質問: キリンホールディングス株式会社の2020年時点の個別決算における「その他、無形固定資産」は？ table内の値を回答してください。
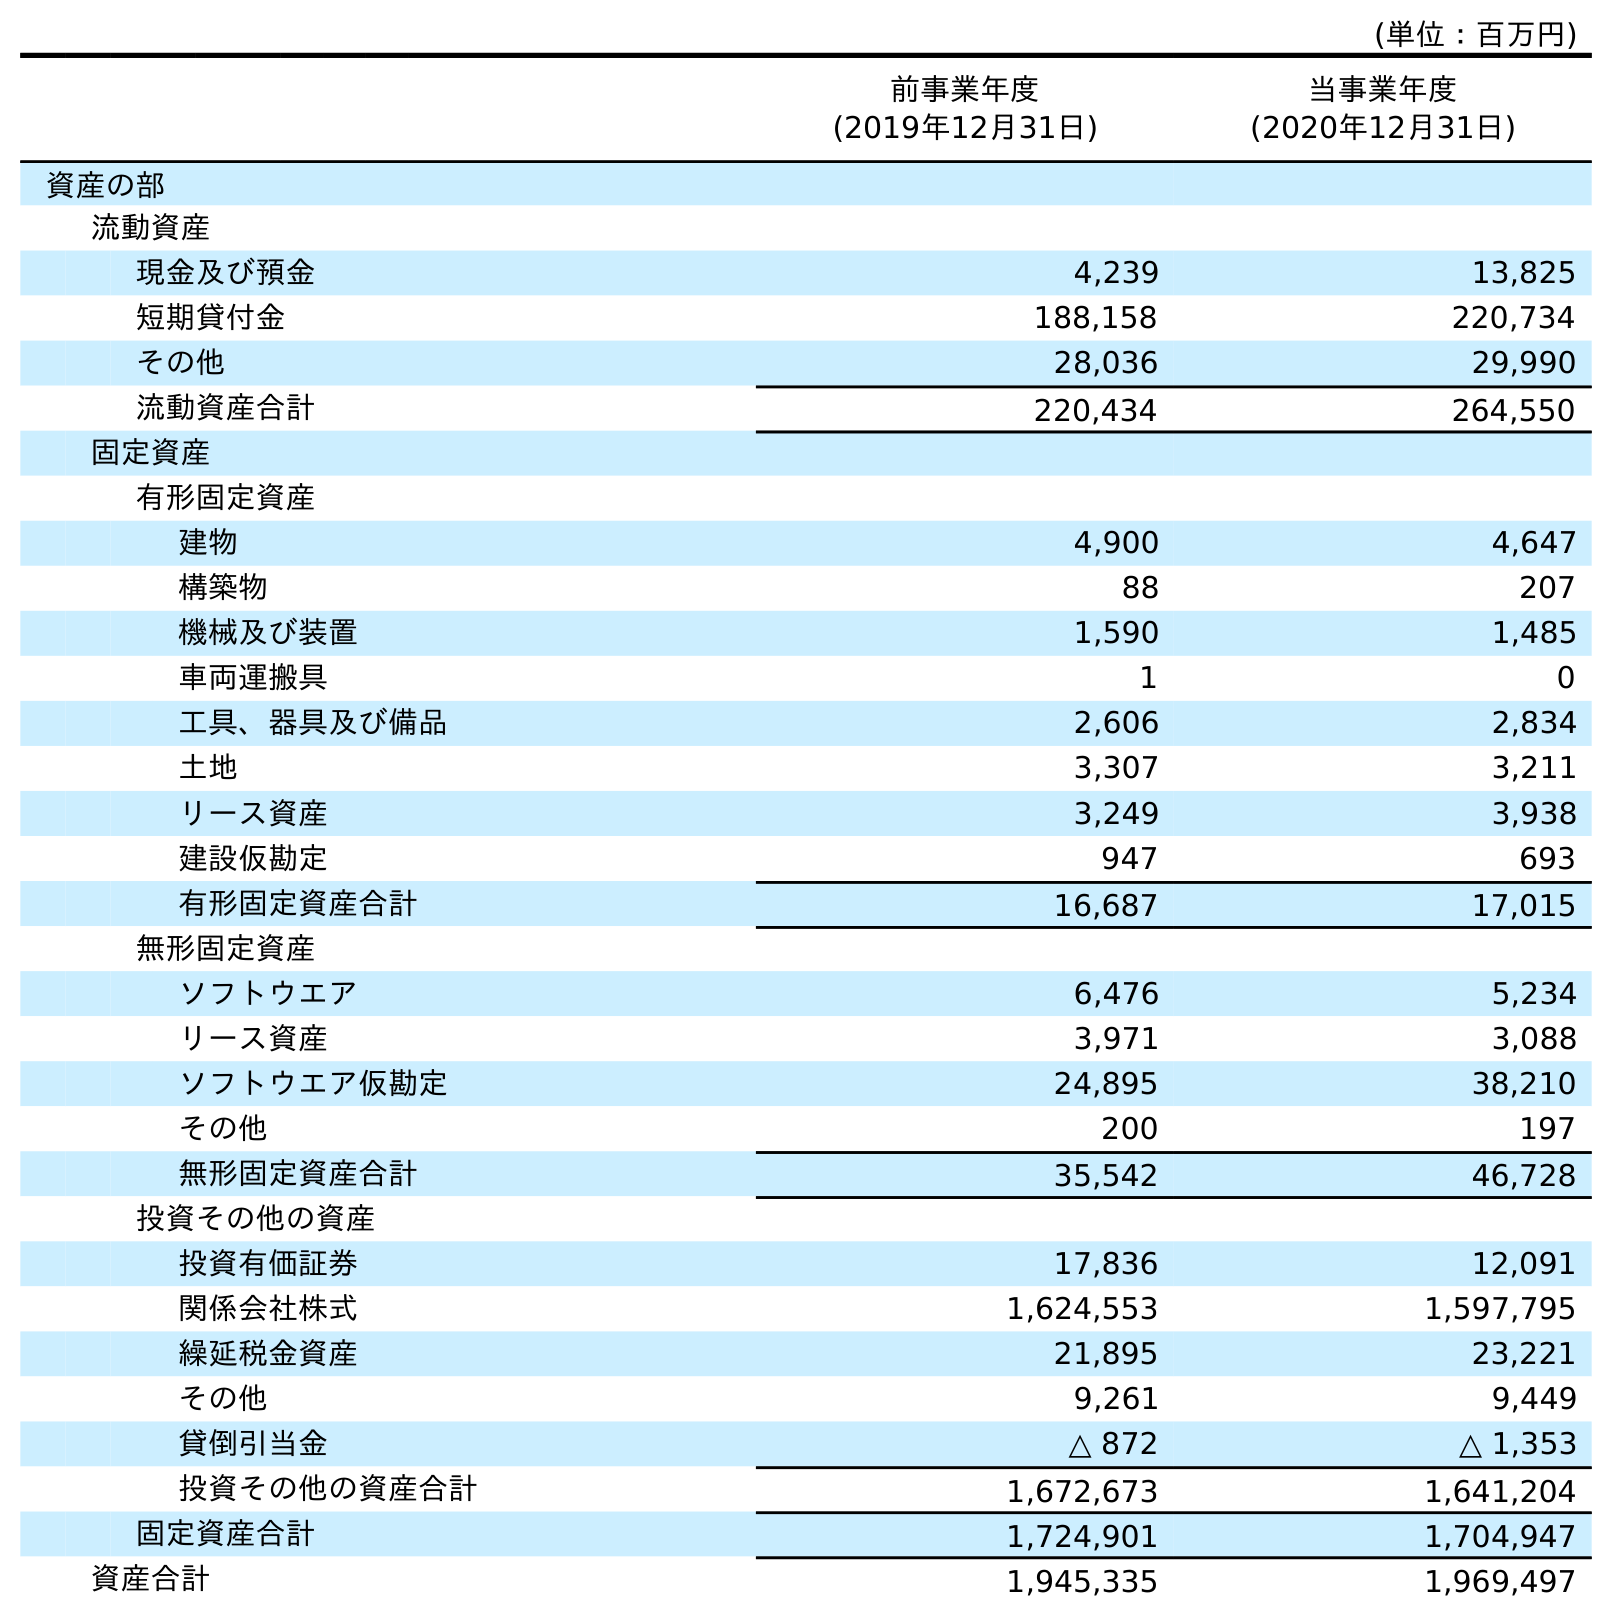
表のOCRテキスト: (単位：百万円) 前事業年度 (2019年12月31日) 当事業年度 (2020年12月31日) 資産の部 流動資産 現金及び預金 4,239 13,825 短期貸付金 188,158 220,734 その他 28,036 29,990 流動資産合計 220,434 264,550 固定資産 有形固定資産 建物 4,900 4,647 構築物 88 207 機械及び装置 1,590 1,485 車両運搬具 1 0 工具、器具及び備品 2,606 2,834 土地 3,307 3,211 リース資産 3,249 3,938 建設仮勘定 947 693 有形固定資産合計 16,687 17,015 無形固定資産 ソフトウエア 6,476 5,234 リース資産 3,971 3,088 ソフトウエア仮勘定 24,895 38,210 その他 200 197 無形固定資産合計 35,542 46,728 投資その他の資産 投資有価証券 17,836 12,091 関係会社株式 1,624,553 1,597,795 繰延税金資産 21,895 23,221 その他 9,261 9,449 貸倒引当金 △ 872 △ 1,353 投資その他の資産合計 1,672,673 1,641,204 固定資産合計 1,724,901 1,704,947 資産合計 1,945,335 1,969,497
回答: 197